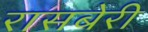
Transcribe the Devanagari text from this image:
रासबेरी